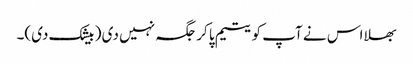
بھلا اس نے آپ کو یتیم پا کر جگہ نہیں دی ( بیشک دی)۔